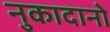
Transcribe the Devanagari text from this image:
नुकादानो